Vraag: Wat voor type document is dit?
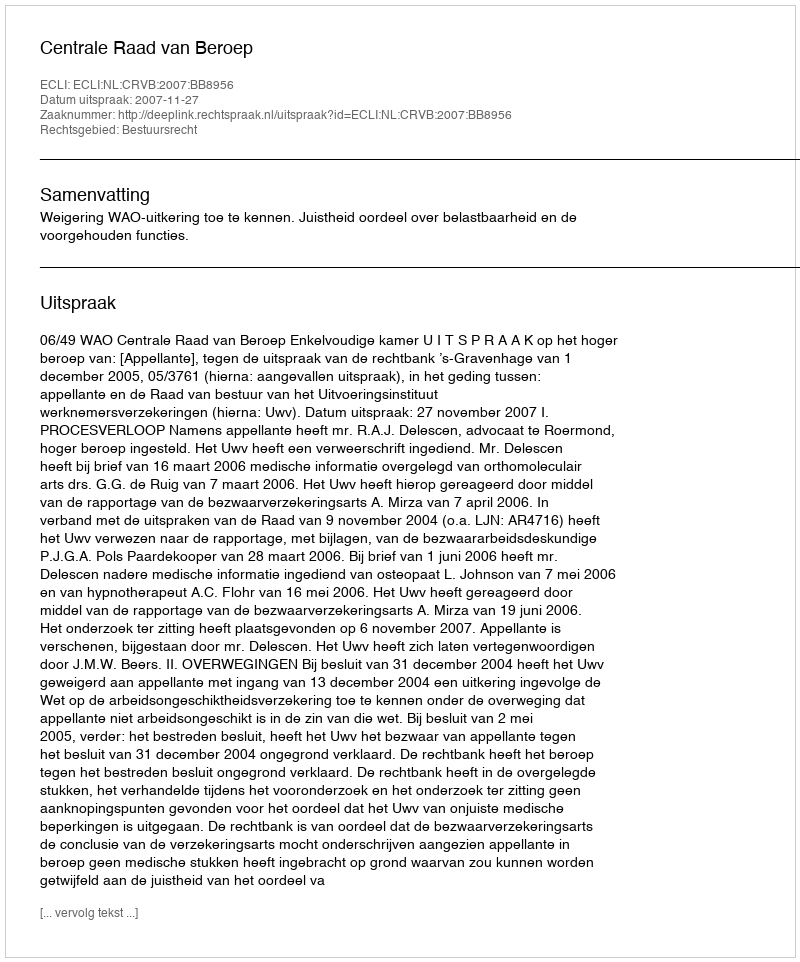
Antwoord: Uitspraak